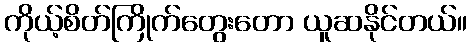
ကိုယ့်စိတ်ကြိုက်တွေးတော ယူဆနိုင်တယ်။